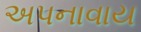
અપનાવાય